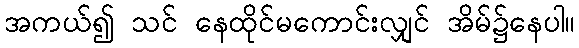
အကယ်၍ သင် နေထိုင်မကောင်းလျှင် အိမ်၌နေပါ။